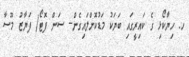
ހ. ހިޔާކޯޅި ގެ ކައިރީގައި ބަޔަކު މަޑުކޮށްލައިގެން-- ސަން ފޮޓޯ/ ފަޔާޒު މޫސާ